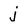
Character: j